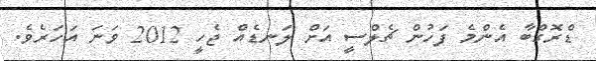
ޑްރޮގްބާ އެންމެ ފަހުން ޗެލްސީ އަށް ލަނޑެއް ޖެހީ 2012 ވަނަ އަހަރެވެ.